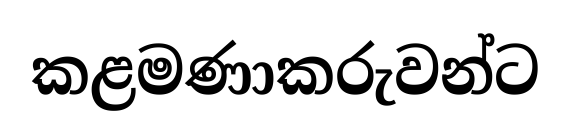
කළමණාකරුවන්ට